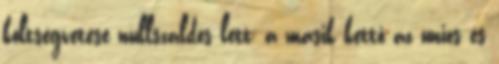
költségvetése nullszaldós lett; a másik kettő az uniós és